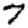
Digit: 7